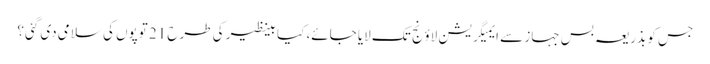
جس کو بذریعہ بس جہاز سے ایمیگریشن لاؤنج تک لایا جائے، کیا بینظیر کی طرح 21 توپوں کی سلامی دی گئی؟